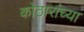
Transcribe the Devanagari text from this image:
कोठारांच्या